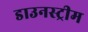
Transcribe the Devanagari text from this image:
डाउनस्‍ट्रीम